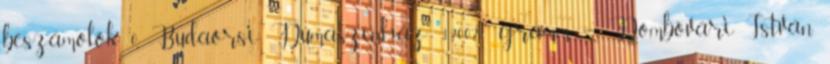
beszámolók 0 Budaörsi Dumaszínház: 120021 gramm – Dombóvári István